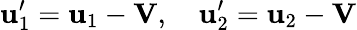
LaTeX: \mathbf{u}_{1}^{\prime}=\mathbf{u}_{1}-\mathbf{V},\quad\mathbf{u}_{2}^{\prime}=\mathbf{u}_{2}-\mathbf{V}